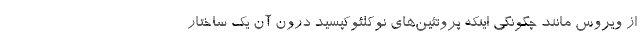
از ویروس مانند چگونگی اینکه پروتئین‌های نوکلئوکپسید درون آن یک ساختار